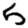
Digit: 5